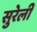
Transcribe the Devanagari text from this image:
सुरेली